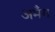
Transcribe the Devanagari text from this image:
अमँग